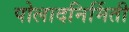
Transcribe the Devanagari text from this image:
पोलादनिर्मिती